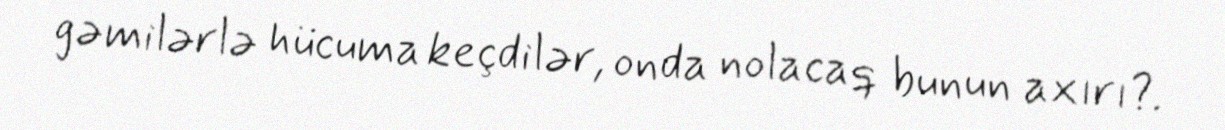
gəmilərlə hücuma keçdilər, onda nolacaq bunun axırı?.